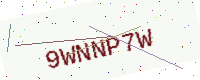
Text: 9WNNP7W